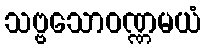
သဗ္ဗသောဝဏ္ဏမယံ